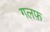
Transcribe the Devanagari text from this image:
गलफ़